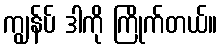
ကျွန်ပ် ဒါကို ကြိုက်တယ်။